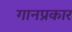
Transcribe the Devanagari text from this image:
गानप्रकार